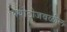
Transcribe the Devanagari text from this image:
क्योटोजवळील